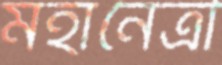
মহানেত্রী